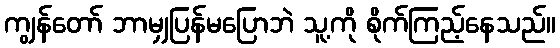
ကျွန်တော် ဘာမျှပြန်မပြောဘဲ သူ့ကို စိုက်ကြည့်နေသည်။